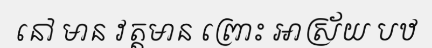
នៅ មាន វត្តមាន ព្រោះ អាស្រ័យ បឋ